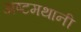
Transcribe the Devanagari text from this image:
अष्टमथानी